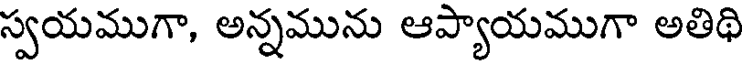
స్వయముగా, అన్నమును ఆప్యాయముగా అతిథి